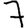
Digit: 7